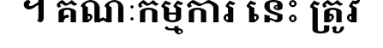
។ គណៈកម្មការ នេះ ត្រូវ